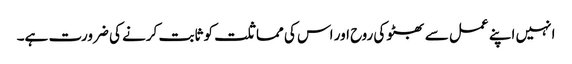
انہیں اپنے عمل سے بھٹو کی روح اور اس کی مماثلت کو ثابت کرنے کی ضرورت ہے۔